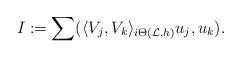
LaTeX: \begin{align*}I:=\sum (\langle V_j, V_k\rangle_{i\Theta(\mathcal L,h)} u_j, u_k).\end{align*}